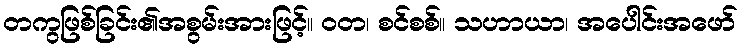
တကွဖြစ်ခြင်း၏အစွမ်းအားဖြင့်။ ဝတ၊ စင်စစ်။ သဟာယာ၊ အပေါင်းအဖော်